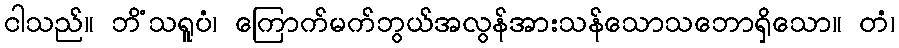
ငါသည်။ ဘိံသရူပံ၊ ကြောက်မက်ဘွယ်အလွန်အားသန်သောသဘောရှိသော။ တံ၊